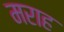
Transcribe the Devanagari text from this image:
मराह